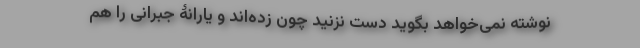
نوشته نمی‌خواهد بگوید دست نزنید چون زده‌اند و یارانۀ جبرانی را هم